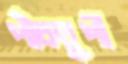
পাঁচথুপী